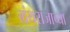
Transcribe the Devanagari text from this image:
ग्रंथराजाच्या